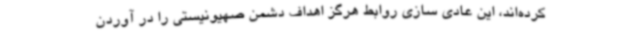
کرده‌اند، این عادی سازی روابط هرگز اهداف دشمن صهیونیستی را در آوردن